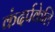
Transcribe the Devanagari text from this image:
कंदर्पकेलि